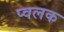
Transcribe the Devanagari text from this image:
प्वलक